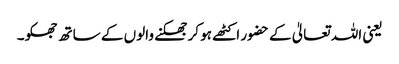
یعنی اللہ تعالیٰ کے حضور اکٹھے ہو کر جھکنے والوں کے ساتھ جھکو۔